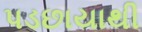
પડછાયાથી